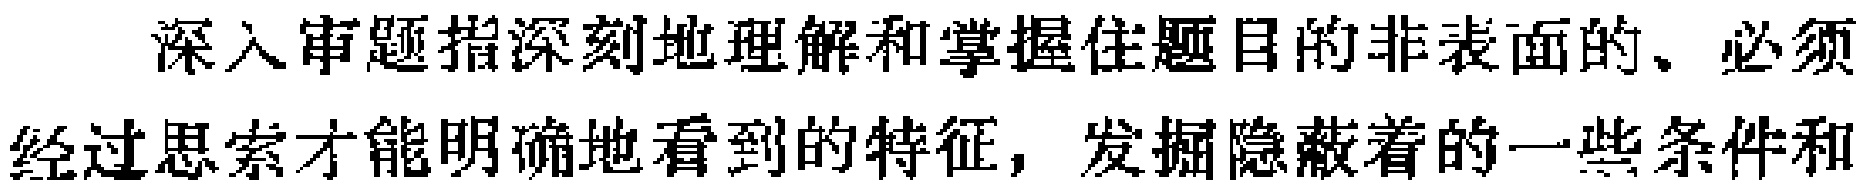
深入审题指深刻地理解和掌握住题目的非表面的、必须经过思索才能明确地看到的特征，发掘隐蔽着的一些条件和